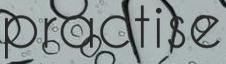
practise